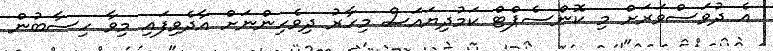
އެ ދުވަސްވަރަށް މި ކޮންސެޕްޓް ކަމުދިޔައަސް މިހާރު ދިވެހިންނަށް އާދެވިފައި މިވާ ހިސާބުން